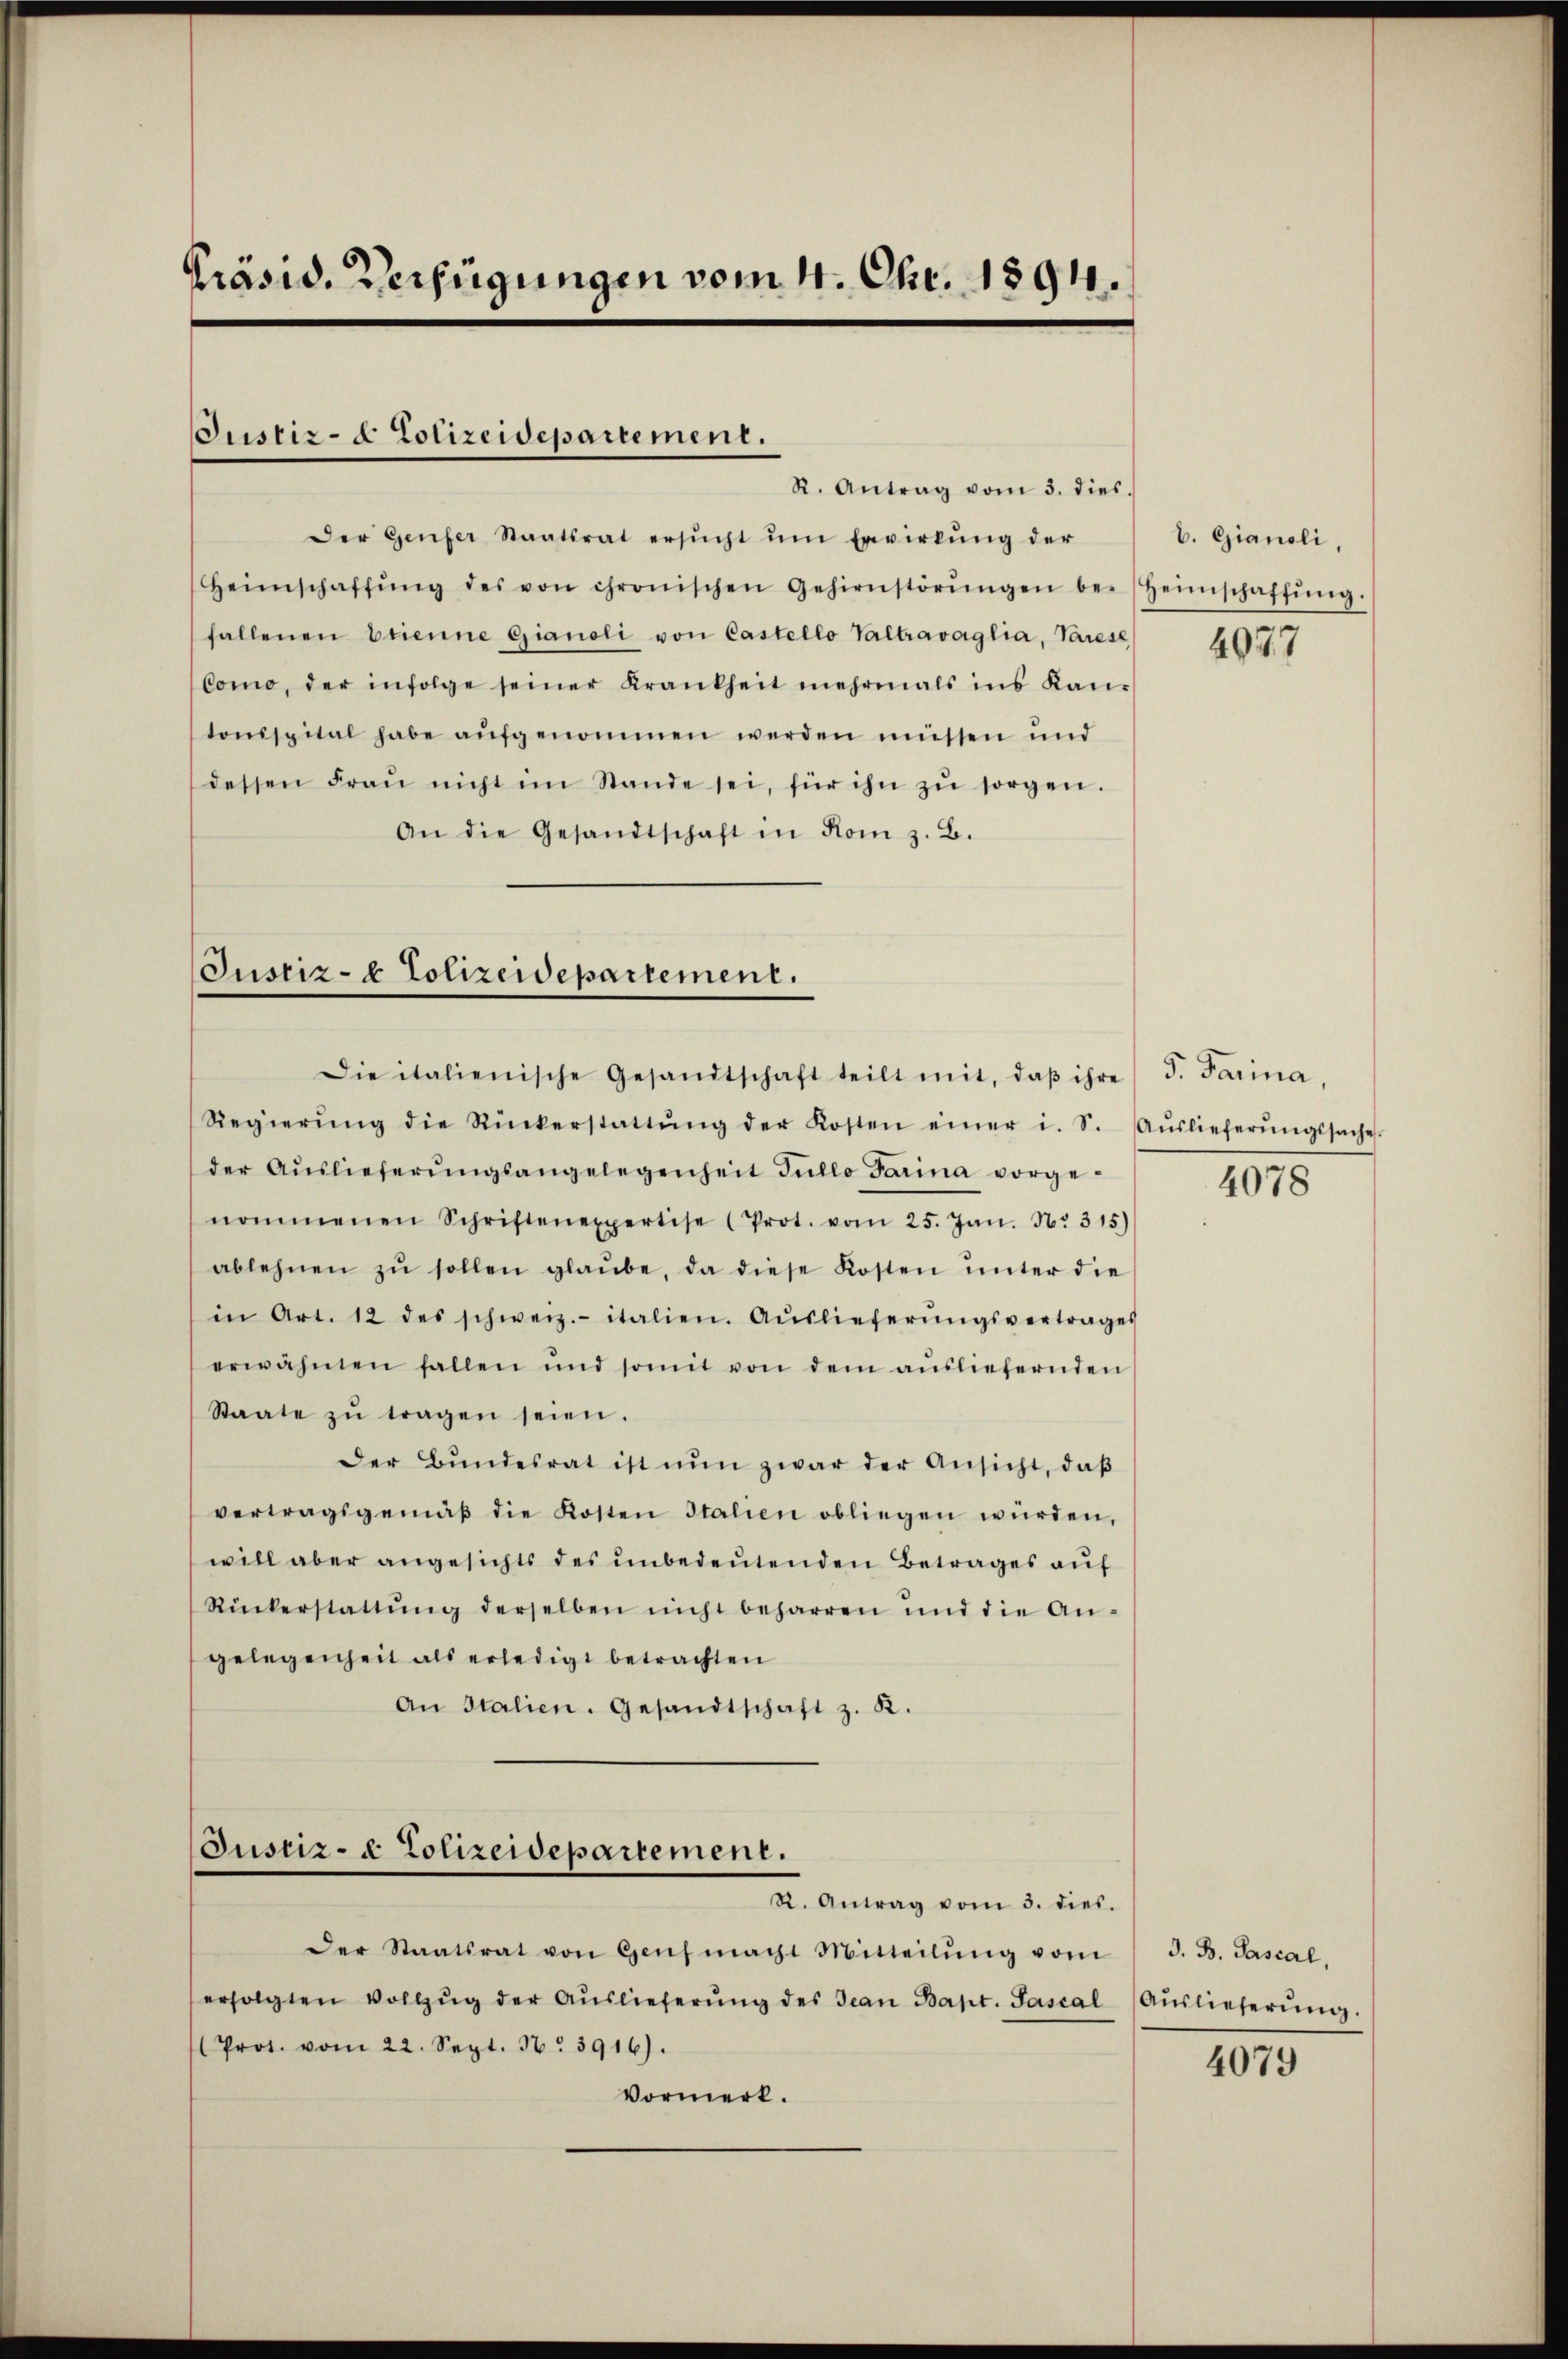
Präsid. Verfügungen vom 4. Chr. 1894.

Justiz- & Polizeidepartement.
R. Antrag vom 3. dies.

Der Genfer Staatsrat ersŭcht ŭm Erwirkŭng der
Heimschaffŭng des von chronischen Gehirnstörŭngen be-Heimschaffŭng.
fallenen brienne Gianoli von Castello Valtravaglia, Parese
Como, der infolge seiner Krankheit mehrmals ins Kan-
tonispital habe aŭfgenommen werden müssen und
dessen Fraŭ nicht im Stande sei, für ihn zŭ sorgen.
An die Gesandtschaft in Rom z. B.

Justiz- & Polizeidepartement.
Die italienische Gesandtschaft teilt mit, daβ ihre (T. Parina,

Regierŭng die Rückerstattŭng der Kosten einer i. S. Aŭslieferŭngssache.
der Aŭslieferŭngsangelegenheit Jullo darina vorge-
nommenen Schriftenexpertise (Prot. vom 25. Jan. N. 315)
ablehnen zŭ sollen glaŭbe, da diese Kosten ŭnter die
in Art. 12 des schweiz.- italien. Aŭslieferŭngsvertrages
erwähnen fallen und somit von dem aŭsliefernden
Staate zŭ tragen seien.
Der Bŭndesrat ist nŭn zwar der Ansicht, daβ
vertragsgemäβ die Kosten Italien obliegen würden,
will aber angesichts des ŭnbedeŭtenden Betrages auf
Rückerstattŭng derselben nicht beharren und die An-
gelegenheit als erledigt betrachten
An Italien. Gesandtschaft z. K.

Justiz- & Polizeidepartement.
R. Antrag vom 3. dies.

Der Staatsrat von Genf macht Mitteilŭng vom
erfolgten Vollzŭg der Aŭslieferŭng des Jean Bapt. Sascal (Aŭslieferŭng.
Prot. vom 22. Sept. 16. 3916).
Vormerk.

b. Gianoli,

4077

4078

G. B. Pasial,

4079